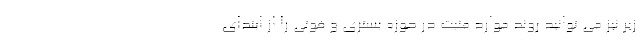
زیر نیز می توانید روند موارد مثبت در حوزه بستری و فوتی را از ابتدای